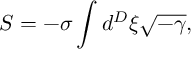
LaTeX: S = - \sigma \int d ^ { D } \xi \sqrt { - \gamma } ,